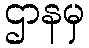
ဌာနမှ